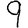
Digit: 9